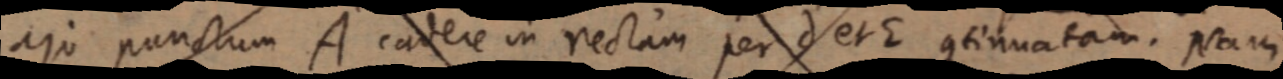
ajo panctum A cadere in rectam per d et E continuatam. Nam